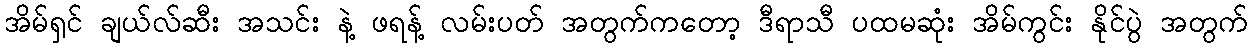
အိမ်ရှင် ချယ်လ်ဆီး အသင်း နဲ့ ဖရန့် လမ်းပတ် အတွက်ကတော့ ဒီရာသီ ပထမဆုံး အိမ်ကွင်း နိုင်ပွဲ အတွက်